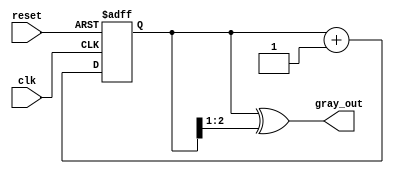
module gray_code_counter (
    input wire clk,          // Clock signal
    input wire reset,        // Asynchronous reset signal
    output reg [2:0] gray_out // 3-bit Gray code output
);

    reg [2:0] binary_count; // Internal binary counter

    // Asynchronous reset and counting logic
    always @(posedge clk or posedge reset) begin
        if (reset) begin
            binary_count <= 3'b000; // Reset binary counter to 0
        end else begin
            binary_count <= binary_count + 1; // Increment binary counter
        end
    end

    // Gray code conversion
    always @(*) begin
        gray_out = binary_count ^ (binary_count >> 1); // Convert binary to Gray code
    end

endmodule